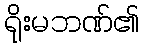
ရိုးမဘဏ်၏